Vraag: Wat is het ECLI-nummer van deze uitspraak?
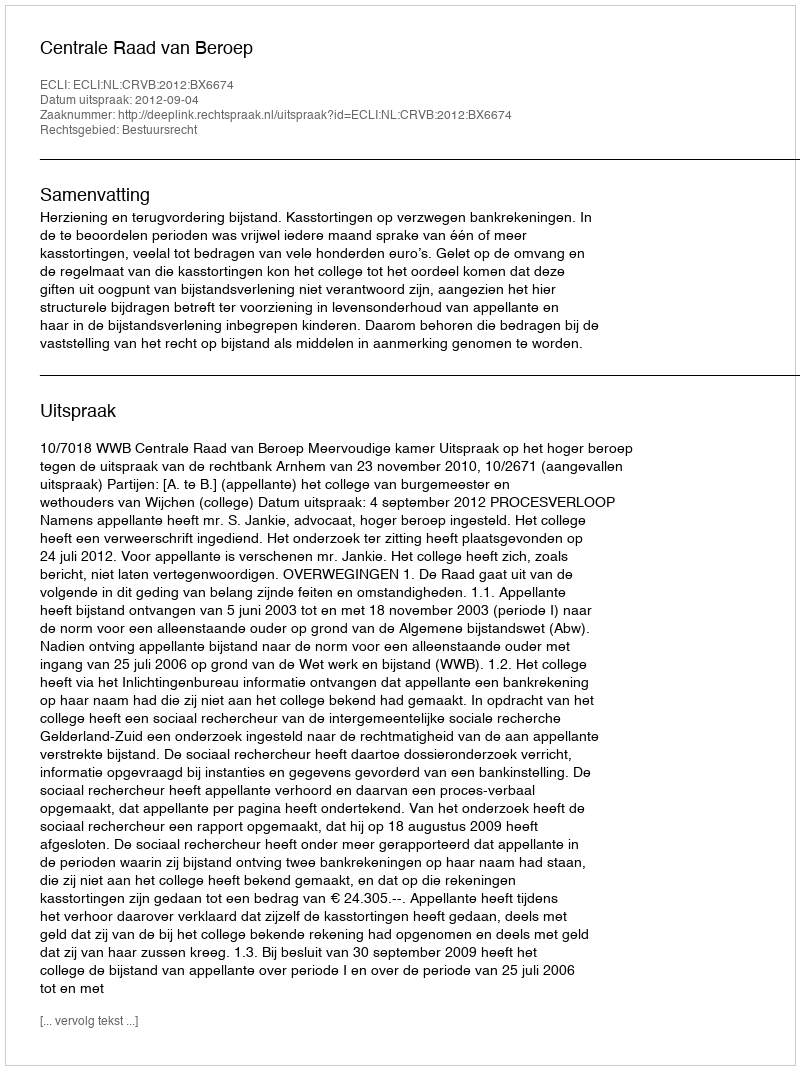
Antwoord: ECLI:NL:CRVB:2012:BX6674